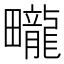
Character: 𤳽